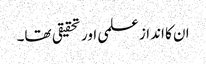
ان کا انداز علمی اور تحقیقی تھا۔